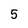
Character: 5